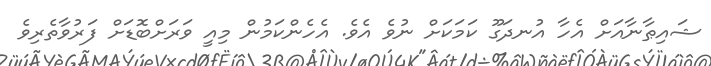
ޝައިޠާނާއަށް އެހާ އުނދަގޫ ކަމަކަށް ނުވެ އެވެ. އެހެންކަމުން މިއީ ވަރަށްބޮޑަށް ފަރުވާތެރިވެ